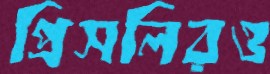
প্রিসলিরও